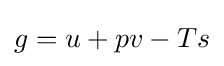
g=u+pv-Ts